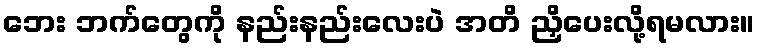
ဘေး ဘက်တွေကို နည်းနည်းလေးပဲ အတိ ညှိပေးလို့ရမလား။